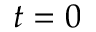
t = 0